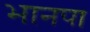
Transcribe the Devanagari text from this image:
भानपा